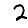
Digit: 2